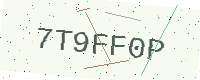
Text: 7T9FF0P